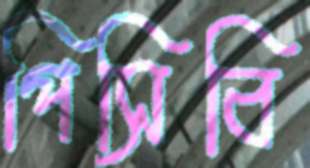
পিসিবি